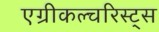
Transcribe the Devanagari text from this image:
एग्रीकल्चरिस्ट्स